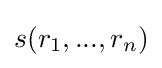
s(r_{1},...,r_{n})